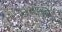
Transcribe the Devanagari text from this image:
छायावादिता